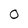
Character: 0